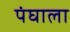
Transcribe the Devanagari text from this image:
पंघाला